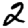
Digit: 2